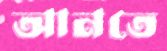
আনতে